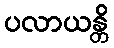
ပလာယန္တိ